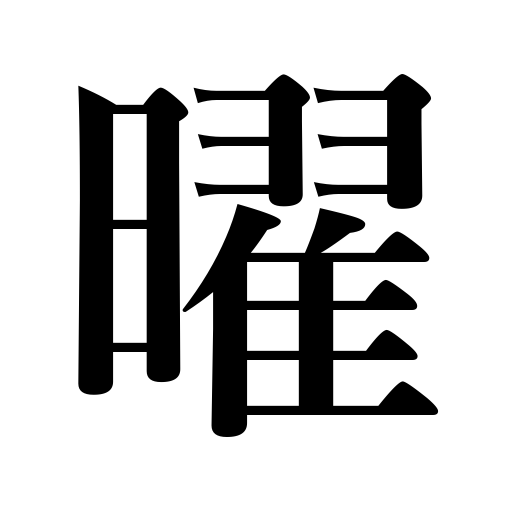
Meanings: light,shining,day of the week